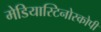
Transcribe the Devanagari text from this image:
मेडियास्टिनोस्कोपी